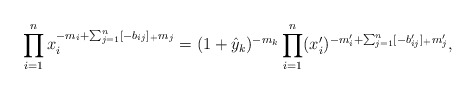
\begin{align*} \prod_{i=1}^n x_i^{-m_i + \sum_{j=1}^n [-b_{ij}]_+m_j} = (1 + \hat y_k)^{-m_k} \prod_{i=1}^n (x_i')^{-m'_i + \sum_{j=1}^n [-b'_{ij}]_+m'_j},\end{align*}